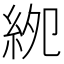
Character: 𥿎